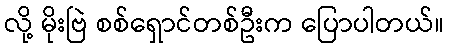
လို့ မိုးဗြဲ စစ်ရှောင်တစ်ဦးက ပြောပါတယ်။